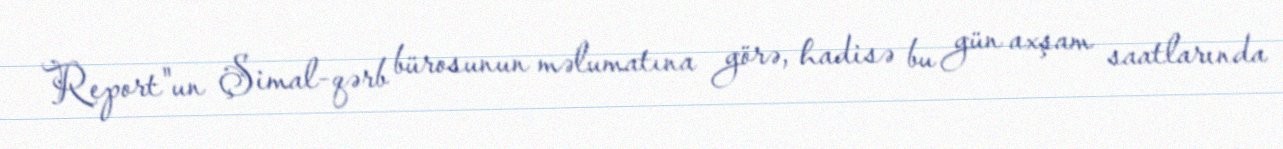
Report"un Şimal-qərb bürosunun məlumatına görə, hadisə bu gün axşam saatlarında